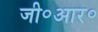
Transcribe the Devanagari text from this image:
जी॰आर॰